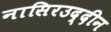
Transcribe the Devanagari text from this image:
नासिरउद्दीन